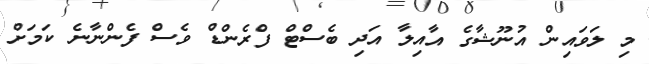
މި ލަވައިން އުނޫޝާގެ އާއިލާ އަދި ބެސްޓް ފްރެންޑް ވެސް ފެންނާނެ ކަމަށް